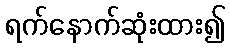
ရက်နောက်ဆုံးထား၍